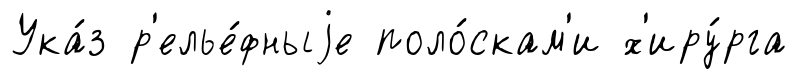
Ука́з р'елье́фныjе поло́скам'и х'иру́рга